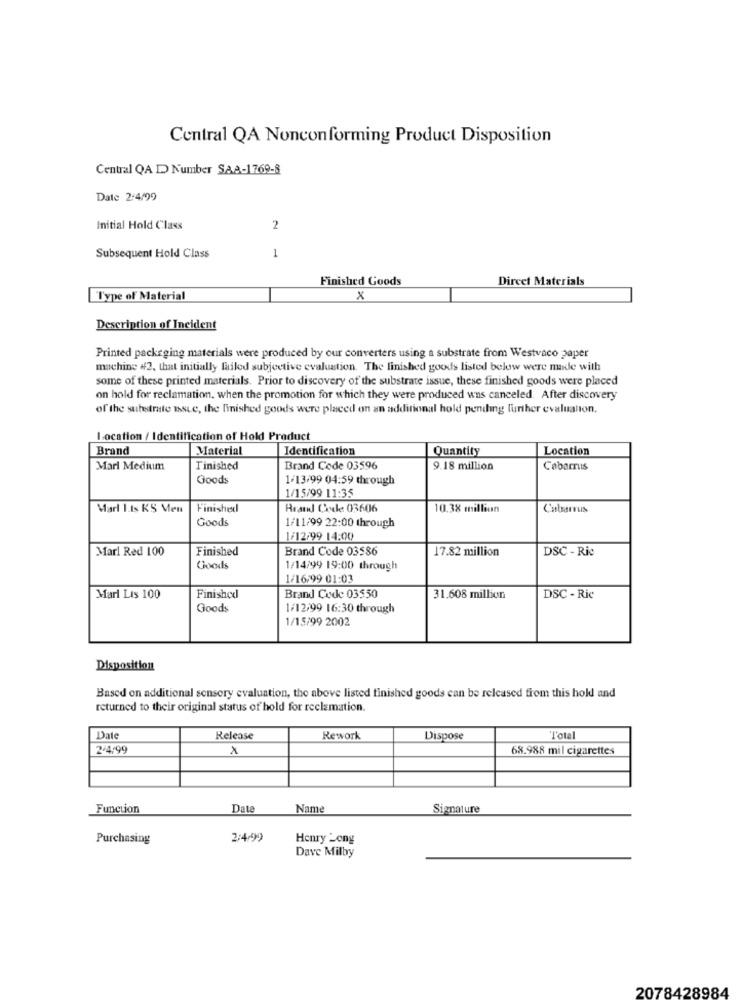
Central QA Nonconforming Product Disposition
Central QA D Number SAA-1769-8
Date 2:4/99
Initial Hold Class
2
Subsequent Hold Class
1
Finished Goods
Dircet Materials
"Type of Material
x
Description of Incident
Printed packaging materials were produced by our converters using a substrate from Westvaco paper
machine #2, that initially failed subjective evaluation. The finished goods listed below were made with
some of these printed materials. Prior to discovery of the substrate issue, these finished goods were placed
on hold for reclamation. when the promotion for which they were produced was canceled. After discovery
of the substrate BsLe, the finished goods were placed on an additional hold pending further evaluation.
Location / Identification of Hold Product
Brand
Material
Identification
Quantity
Location
Marl Medium
Finished
Brand Code 03596
9.18 million
Cabarrus
Goods
1/13/99 04:59 through
1/15/99 11:35
Marl 1.Is KS Men
Finished
Brand Code 03606
10.38 million
Cabarrus
Goods
1/11/99 22:00 through
1/12/99 14:00
Marl Red 100
Finished
Brand Code 03586
17.82 million
DSC - Rie
Goods
1/14/99 19:00 through
1/16/99 01:03
Marl Lis 100
Finished
Brand Code 03550
31.608 million
DSC - Ric
Goods
1/12/99 16:30 through
1/15/99 2002
Disposition
Based on additional sensory evaluation, the above listed finished goods can be released from this hold and
returned to their original status of hold for reclamation.
Date
Release
Rework
Dispose
Total
2/4/99
x
68.988 mil cigarettes
Function
Data
Name
Signature
Purchasing
2:4.99
Henry Long
Dave Milby
2078428984